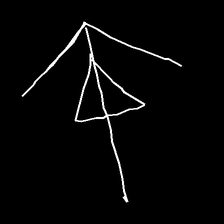
Glyph: pull